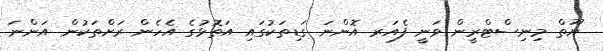
ޔޫތް މިނިސްޓްރީން ވަނީ ފެއަރ އޮންނަ ގަޑިތަކުގައި އަތޮޅުގެ އެހެން ރަށްތަކުން އަންނަ